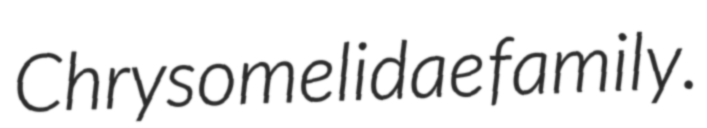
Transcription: Chrysomelidae family.